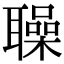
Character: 𦗵